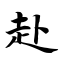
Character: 赴